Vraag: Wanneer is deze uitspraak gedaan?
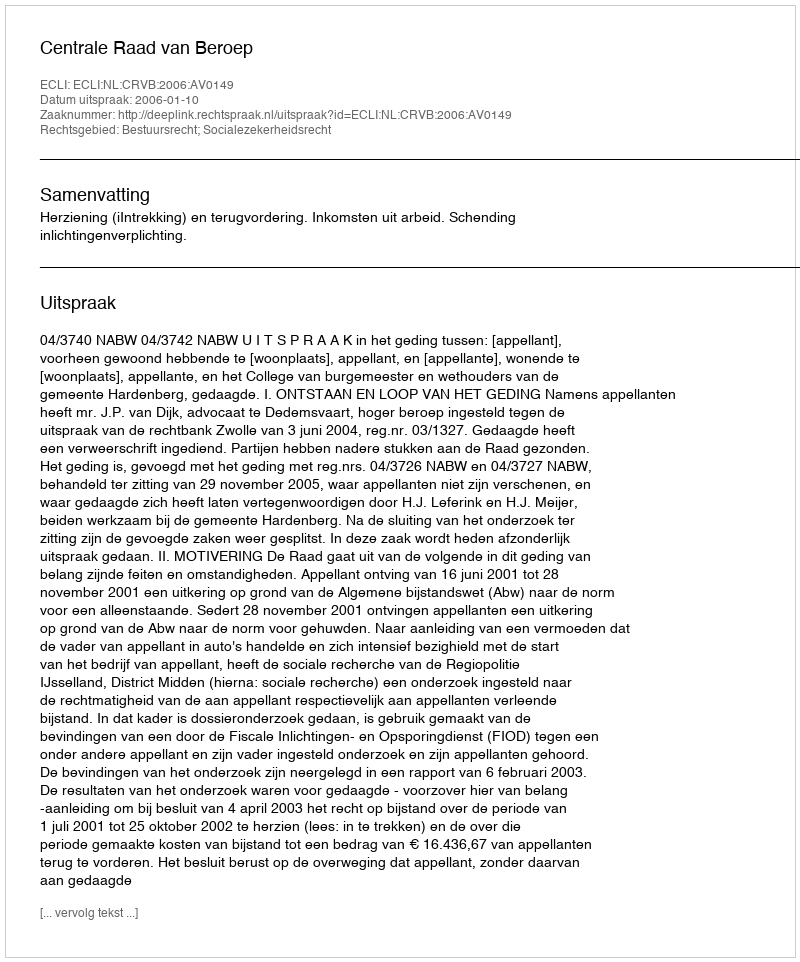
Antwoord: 2006-01-10